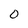
Character: o